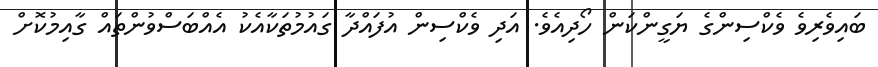
ބައިވެރިވެ ވެކްސިންގެ ޔަގީންކަން ހޯދިއެވެ. އަދި ވެކްސިން އުފައްދާ ގައުމުތަކާއެކު އެއްބަސްވުންތައް ގާއިމުކޮށް